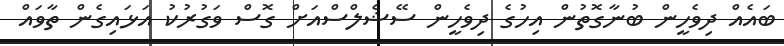
ބައެއް ދިވެހީން ބުނާގޮތުން އިހުގެ ދިވެހީން ސޭޝެލްސްއަށް ގޮސް ވަގުރުކު އަޅައިގެން ތާވައް